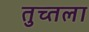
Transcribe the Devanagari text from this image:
तुच्तला